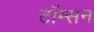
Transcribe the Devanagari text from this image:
टॉम्सन